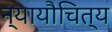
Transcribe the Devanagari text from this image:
न्यायौचित्य